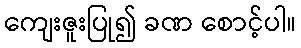
ကျေးဇူးပြု၍ ခဏ စောင့်ပါ။